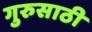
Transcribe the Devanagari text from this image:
गुरुसाठी